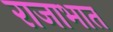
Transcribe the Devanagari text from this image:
राजाभात